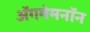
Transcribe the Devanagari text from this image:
अॅगमेमनॉन